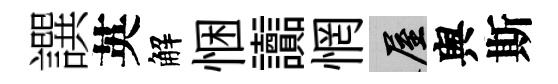
譔英解悃讟惘屋舆斯